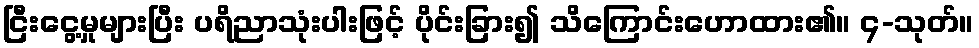
ငြီးငွေ့မှုများပြီး ပရိညာသုံးပါးဖြင့် ပိုင်းခြား၍ သိကြောင်းဟောထား၏။ ၄-သုတ်။